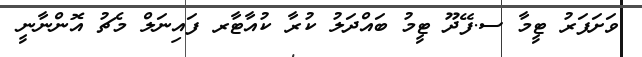
ވަށަފަރު ޓީމާ ސ.ފޭދޫ ޓީމު ބައްދަލު ކުރާ ކުއާޓާރ ފައިނަލް މެޗު އޮންނާނީ